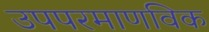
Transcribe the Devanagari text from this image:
उपपरमाणविक